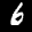
Label: 6